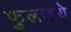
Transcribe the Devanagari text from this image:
फुलाइये